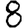
Digit: 8